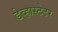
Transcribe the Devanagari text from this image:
डेव्हास्टेटर